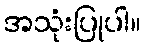
အသုံးပြုပါ။